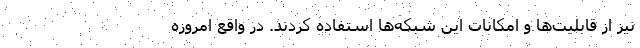
نیز از قابلیت‌ها و امکانات این شبکه‌ها استفاده کردند. در واقع امروزه